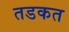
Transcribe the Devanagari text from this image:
तडकत